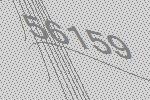
56159